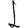
Digit: 1